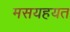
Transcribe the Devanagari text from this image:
मसयहयत